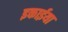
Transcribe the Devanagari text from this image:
इकाईया